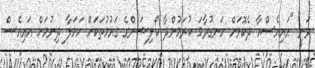
ވަނީ "އައިއެސްއާ ދެކޮޅަށް ހަނގުރާމަ ކުރަމުންދާ ކޯލިޝަންގެ ގައުމުތަކަށް ހަމަލާ ދިނުމަށް އައިއެސް